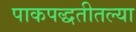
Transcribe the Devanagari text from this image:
पाकपद्धतीतल्या